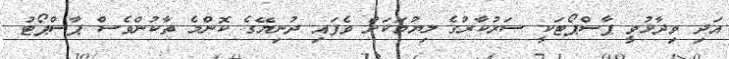
އަދި ވިދާޅުވީ ޕާސްޕޯޓަކީ ސަރުކާރުގެ ލިޔުމަކަށް ވެފައި ދުނިޔޭގެ ކޮންމެ ތާކުންވެސް ޕާސްޕޯޓު